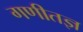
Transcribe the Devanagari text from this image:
गणीतज्ञ